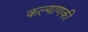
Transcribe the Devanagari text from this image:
कल्याणकी